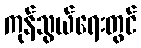
ကုန်သွယ်ရေးတွင်